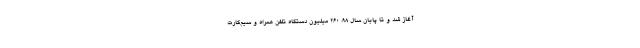
آغاز شد و تا پایان سال ۹۸، ۲۶۰ میلیون دستگاه تلفن همراه و سیم‌کارت